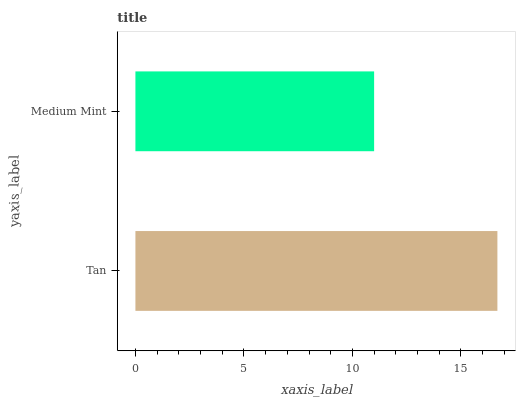
| yaxis_label | bars |
 | --- | --- |
 | Tan | 16.7 |
 | Medium Mint | 11 |